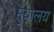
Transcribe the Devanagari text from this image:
मु़यालय